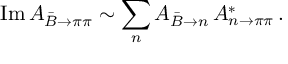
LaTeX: \mathrm { I m } \, { \cal A } _ { \bar { B } \to \pi \pi } \sim \sum _ { n } { \cal A } _ { \bar { B } \to n } \, { \cal A } _ { n \to \pi \pi } ^ { * } \, .